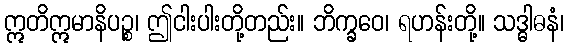
ဣတိဣမာနိပဉ္စ၊ ဤငါးပါးတို့တည်း။ ဘိက္ခဝေ၊ ရဟန်းတို့။ သဒ္ဓါဓနံ၊